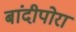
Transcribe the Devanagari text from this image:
बांदीपोरा